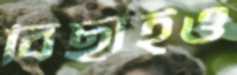
বিছাইও